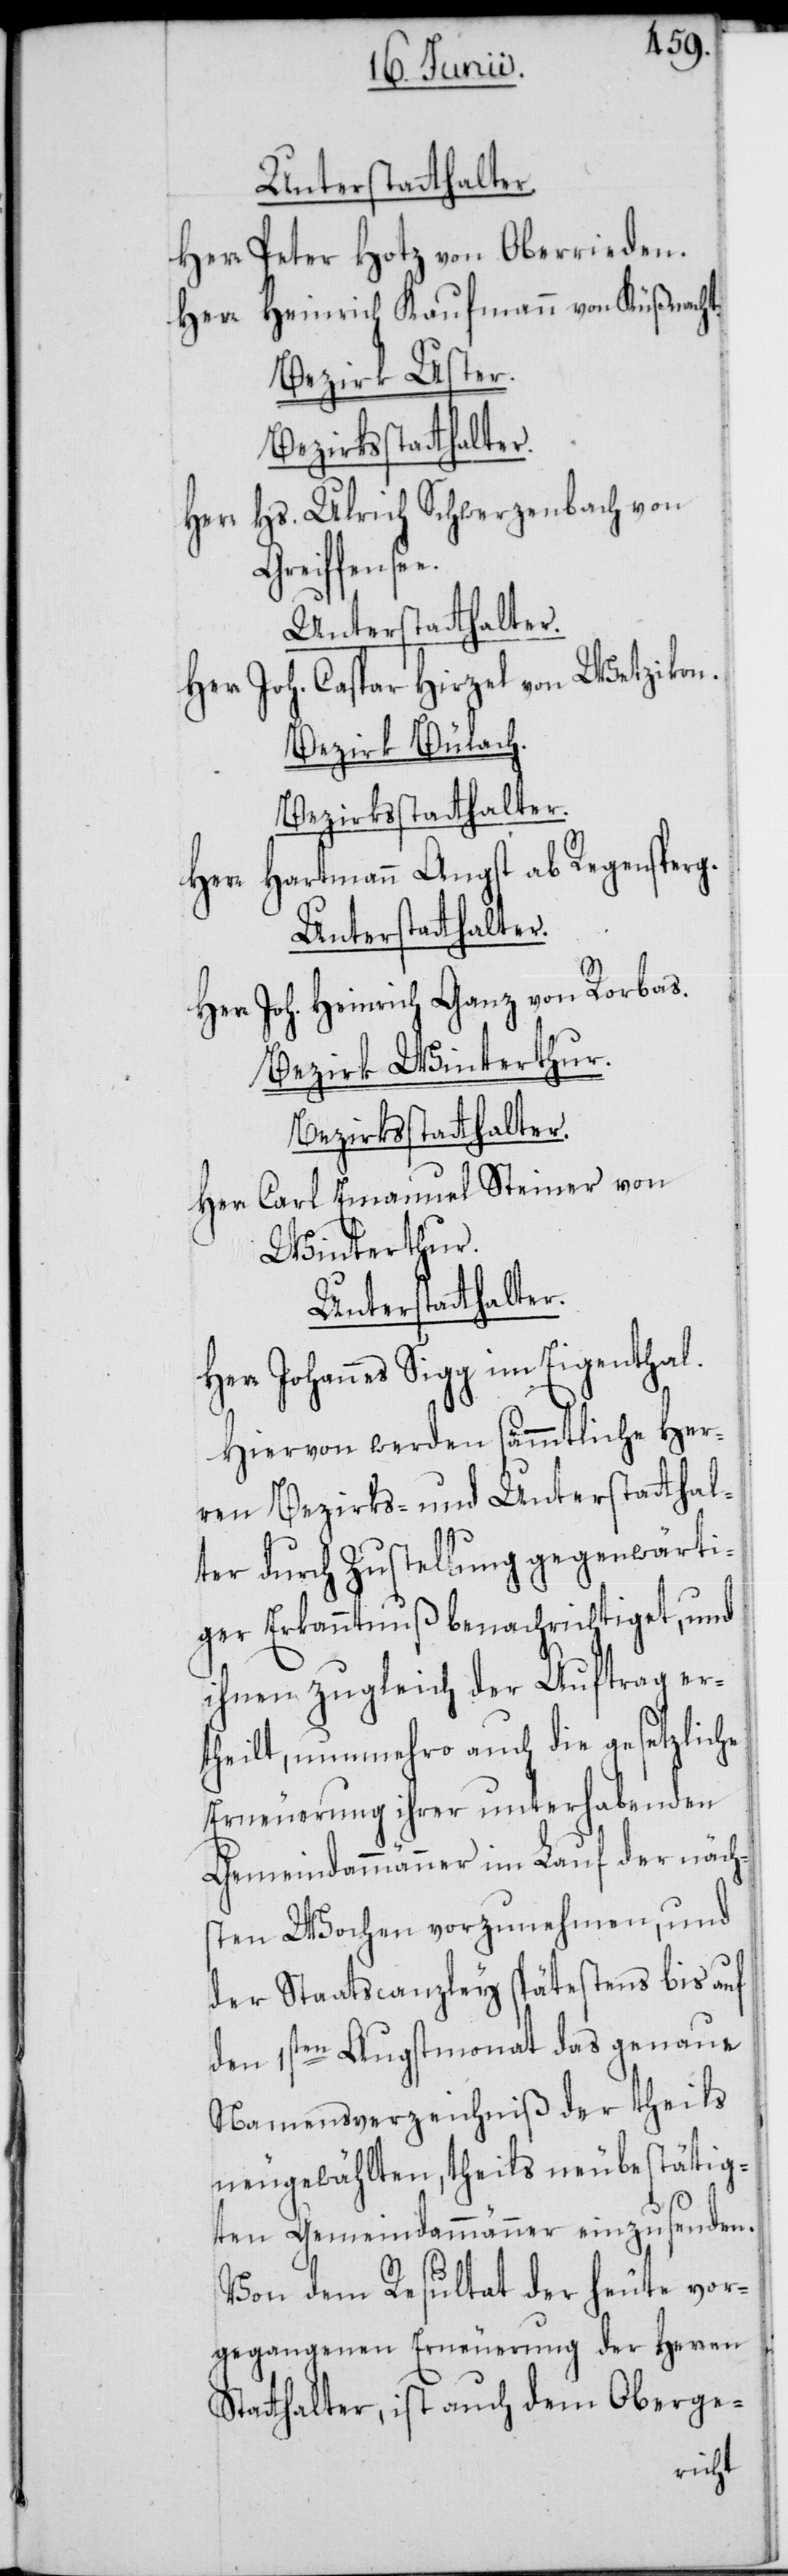
Unterstatthalter.
Herr Peter Hotz von Oberrieden.
Herr Heinrich Kaufmann von Küßnacht.
Bezirk Uster.
Hs. Ulrich Schwerzenbach von
Her¬
Greiffensee.
Unterstatthalter.
Herr Joh. Caspar Hirzel von Wetzikon.
Bezirk Bülach.
Bezirksstatthalter.
Herr Hartmann Angst ab Regensperg.
Unterstatthalter.
Herr Joh. Heinrich Ganz von Rorbas.
Bezirk Winterthur.
Bezirksstatthalter.
Herr Carl Emanuel Steiner von
Winterthur.
Unterstatthalter.
r Johannes Sigg im Eigenthal.
Hiervon werden sämmtliche Her¬
ren Bezirks- und Unterstatthal¬
ter durch Zustellung gegenwärti¬
ger Erkanntnuß benachrichtiget, und
ihnen zugleich der Auftrag er¬
theilt, nunmehro auch die gesetzliche
Erneuerung ihrer unterhabenden
Gemeindammänner im Lauf der näch¬
sten Wochen vorzunehmen, und
der Staatscanzley spätestens bis auf
den 1sten Augstmonat das genaue
Namensverzeichniß der theils
neugewählten, theils neubestätig¬
ten Gemeindammänner einzusenden.
Von dem Resultat der heute vor¬
gegangenen Erneuerung der Herren
Statthalter, ist auch dem Oberge-